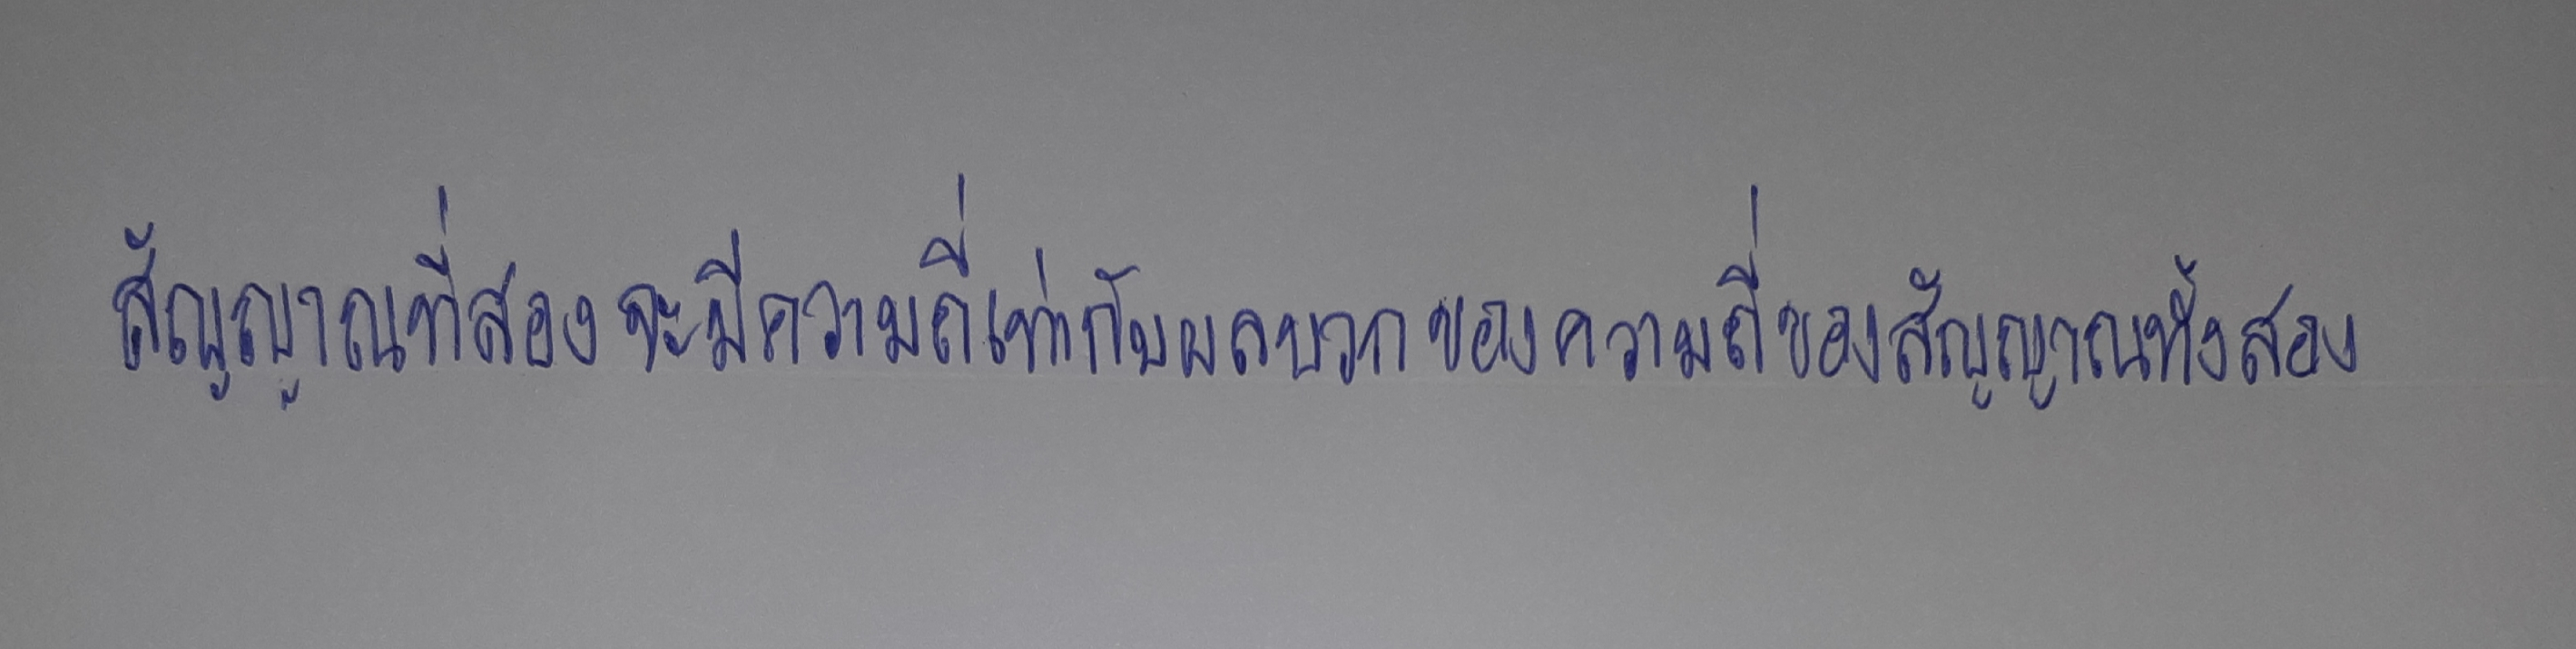
สัญญาณที่สองจะมีความถี่เท่ากับผลบวกของความถี่ของสัญญาณทั้งสอง